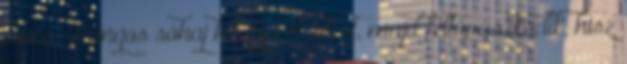
sincs. Hangos sóhaj hagyja el ajkait, majd feltápászkodik, hisz